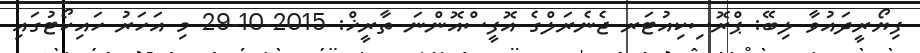
ފިޔޯރީދައުވާ ލިބޭ: ޕްރޮސިކިއުޓަރ ޖެނެރަލްގެ އޮފީސްއޮންނަ ތާރީޚް: 2015-10-29 މި އަހަރު ހައިކޯޓުގައި